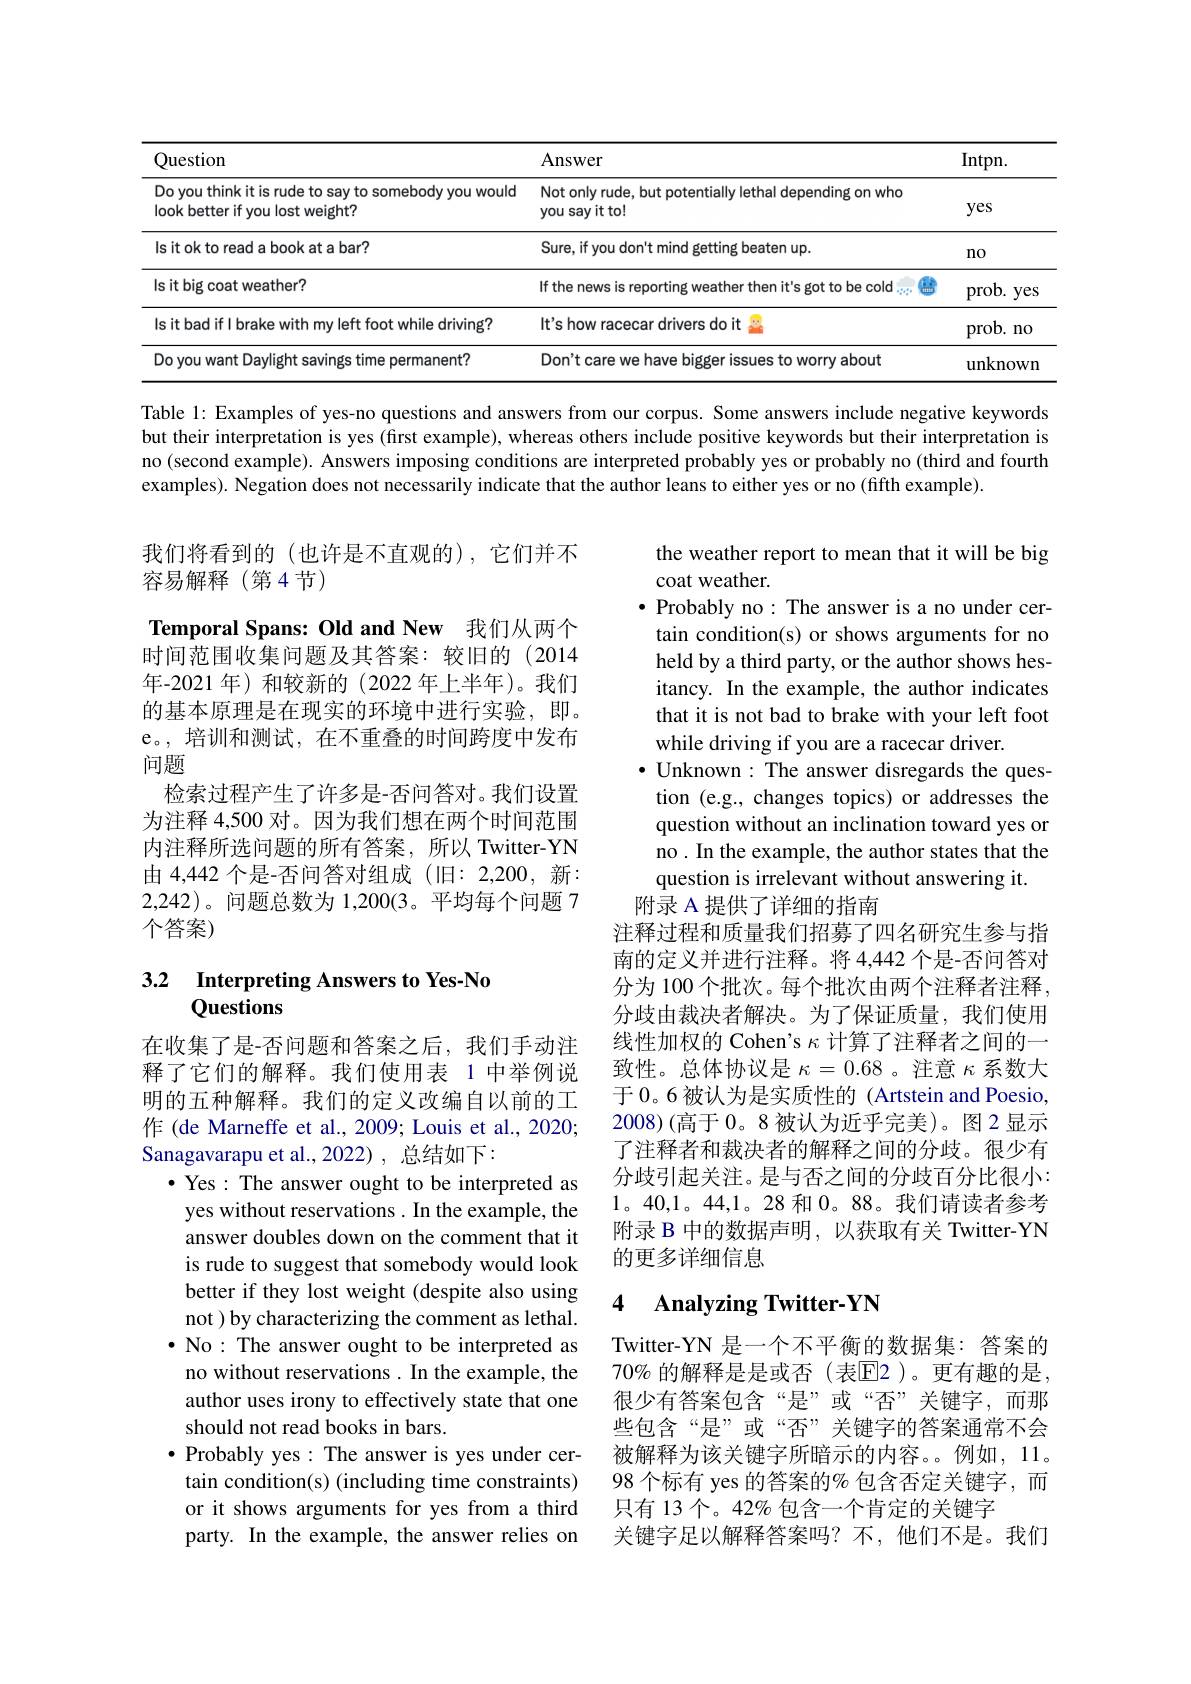
<table>
	<tbody>
		<tr>
			<th>Question</th>
			<th>Answer</th>
			<th>Intpn. </th>
		</tr>
		<tr>
			<td>Do you think it is rude to say to somebody you would look better if you lost weight?</td>
			<td>Not only rude, but potentially lethal depending on who you say it to!</td>
			<td>yes</td>
		</tr>
		<tr>
			<td>Is it ok to read a book at a bar?</td>
			<td>Sure, if you don't mind getting beaten up.</td>
			<td>no</td>
		</tr>
		<tr>
			<td>Is it big coat weather?</td>
			<td>If the news is reporting weather then it's got to be cold</td>
			<td>prob.y yes</td>
		</tr>
		<tr>
			<td>Is it bad if l brake with my left foot while driving?</td>
			<td>It's how racecar drivers do it</td>
			<td>prob. $n0$</td>
		</tr>
		<tr>
			<td>Do you want Daylight savings time permanent?</td>
			<td>Don't care we have bigger issues to worry about</td>
			<td>llnk</td>
		</tr>
	</tbody>
</table>

Table 1: Examples of yes-no questions and answers from our corpus. Some answers include negative keywords but their interpretation is yes (first example), whereas others include positive keywords but their interpretation is no (second example). Answers imposing conditions are interpreted probably yes or probably no (third and fourth examples). Negation does not necessarily indicate that the author leans to either yes or no (fifth example).

我们将看到的(也许是不直观的),它们并不
容易解释(第4节)

the weather report to mean that it will be big
coat weather.
$\bullet$ Probably no: The answer is a no under cer-
tain condition(s) or shows arguments for no held by a third party, or the author shows hesitancy. In the example, the author indicates that it is not bad to brake with your left foot while driving if you are a racecar driver.
· Unknown: The answer disregards the question (e.g., changes topics) or addresses the question without an inclination toward yes or no. In the example, the author states that the question is irrelevant without answering it.
附录 A 提供了详细的指南

Temporal Spans: Old and New 我们从两个时间范围收集问题及其答案：较旧的(2014年-2021 年)和较新的(2022 年上半年)。我们的基本原理是在现实的环境中进行实验，即。e。, 培训和测试，在不重叠的时间跨度中发布问题
检索过程产生了许多是-否问答对。我们设置为注释 4,500 对。因为我们想在两个时间范围内注释所选问题的所有答案，所以 Twitter-YN 由 4,442 个是-否问答对组成 (旧：2,200, 新： 2,242)。问题总数为 1,200(3。平均每个问题 7个答案)

## 3.2 Interpreting Answers to Yes-No Questions

注释过程和质量我们招募了四名研究生参与指南的定义并进行注释。将 4,442 个是-否问答对分为 100 个批次。每个批次由两个注释者注释， 分歧由裁决者解决。为了保证质量，我们使用线性加权的 Cohen's $\kappa$计算了注释者之间的一致性。总体协议是$\kappa=0.68$ 。注意$\kappa$系数大于 0。6 被认为是实质性的 (Artstein and Poesio, 2008)(高于0。8 被认为近乎完美)。图 2 显示了注释者和裁决者的解释之间的分歧。很少有分歧引起关注。是与否之间的分歧百分比很小： 1。40,1。44,1。28和0。88。我们请读者参考附录 B 中的数据声明，以获取有关 Twitter-YN 的更多详细信息

在收集了是-否问题和答案之后，我们手动注释了它们的解释。我们使用表 1 中举例说明的五种解释。我们的定义改编自以前的工作 (de Marneffe et al., 2009; Louis et al., 2020; Sanagavarapu et al. , 2022) , 总结如下：
$\bullet$ Yes: The answer ought to be interpreted as yes without reservations . In the example, the answer doubles down on the comment that it is rude to suggest that somebody would look better if they lost weight (despite also using not ) by characterizing the comment as lethal. $\bullet$ No: The answer ought to be interpreted as no without reservations . In the example, the author uses irony to effectively state that one should not read books in bars.
$\bullet$ Probably yes: The answer is yes under certain condition(s) (including time constraints) or it shows arguments for yes from a third party. In the example, the answer relies on

### 4 $\textbf{Analvzing Twitter- YN}$

Twitter-YN 是一个不平衡的数据集：答案的70% 的解释是是或否(表$\overline{\mathrm{E}}$2)。更有趣的是很少有答案包含“是”或“否”关键字，而那些包含“是”或“否”关键字的答案通常不会被解释为该关键字所暗示的内容。。例如，11。98 个标有 yes 的答案的% 包含否定关键字，而只有 13 个。42% 包含一个肯定的关键字
关键字足以解释答案吗？不，他们不是。我们